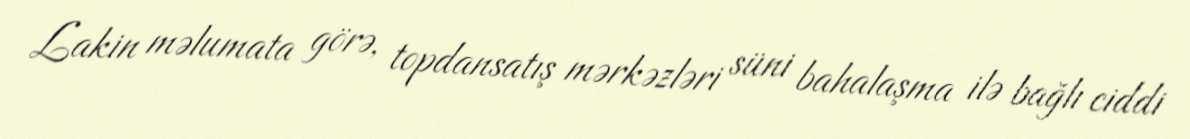
Lakin məlumata görə, topdansatış mərkəzləri süni bahalaşma ilə bağlı ciddi